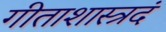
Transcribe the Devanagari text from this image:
गीताशास्त्रदं